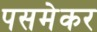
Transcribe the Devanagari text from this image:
पसमेकर